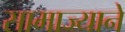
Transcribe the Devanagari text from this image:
सामाज्याने